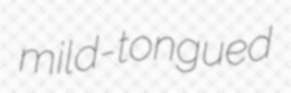
mild-tongued